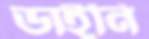
ডাইনি